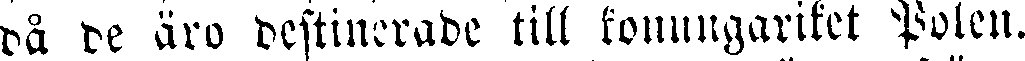
då de äro destinerade till konungariket Polen.